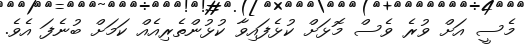
މެސީ އަށް ވުރެ ވެސް މޮޅަށް ކުޅެފައިވާ ކުޅުންތެރިއެއް ކަމަށް ބުނެފަ އެވެ.